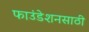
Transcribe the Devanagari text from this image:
फाउंडेशनसाठी